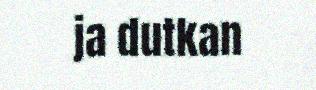
ja dutkan